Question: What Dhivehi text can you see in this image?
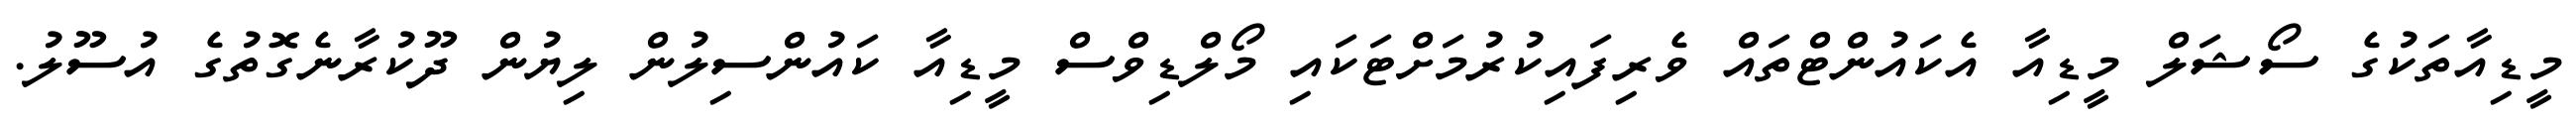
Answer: މީޑިއާތަކުގެ ސޯޝަލް މީޑިއާ އެކައުންޓްތައް ވެރިފައިކުރުމަށްޓަކައި މޯލްޑިވްސް މީޑިއާ ކައުންސިލުން ލިޔުން ދޫކުރާނެގޮތުގެ އުސޫލު.